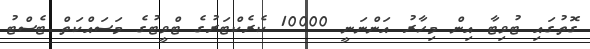
ގޮތުގައި ޓުވިޓާ އިން މިހާރު އަންނަނީ 10000 ކެރެކްޓަރުގެ ޓްވީޓުގެ މަސައްކަތް ޓެސްޓު